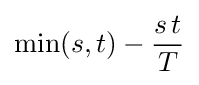
\min(s,t)-{\frac {s\,t}{T}}